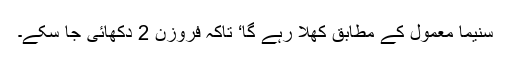
سنیما معمول کے مطابق کھلا رہے گا‘ تاکہ فروزن 2 دکھائی جا سکے۔